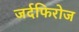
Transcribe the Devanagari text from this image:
जर्दफिरोज